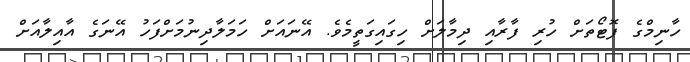
ހާނިމްގެ ފޮޓޯތަށް ހުރި ފާރާއި ދިމާލަށް ހިގައިގަތީމެވެ. އޭނައަށް ހަމަލާދިނުމަށްފަހު އޭނަގެ އާއިލާއަށް